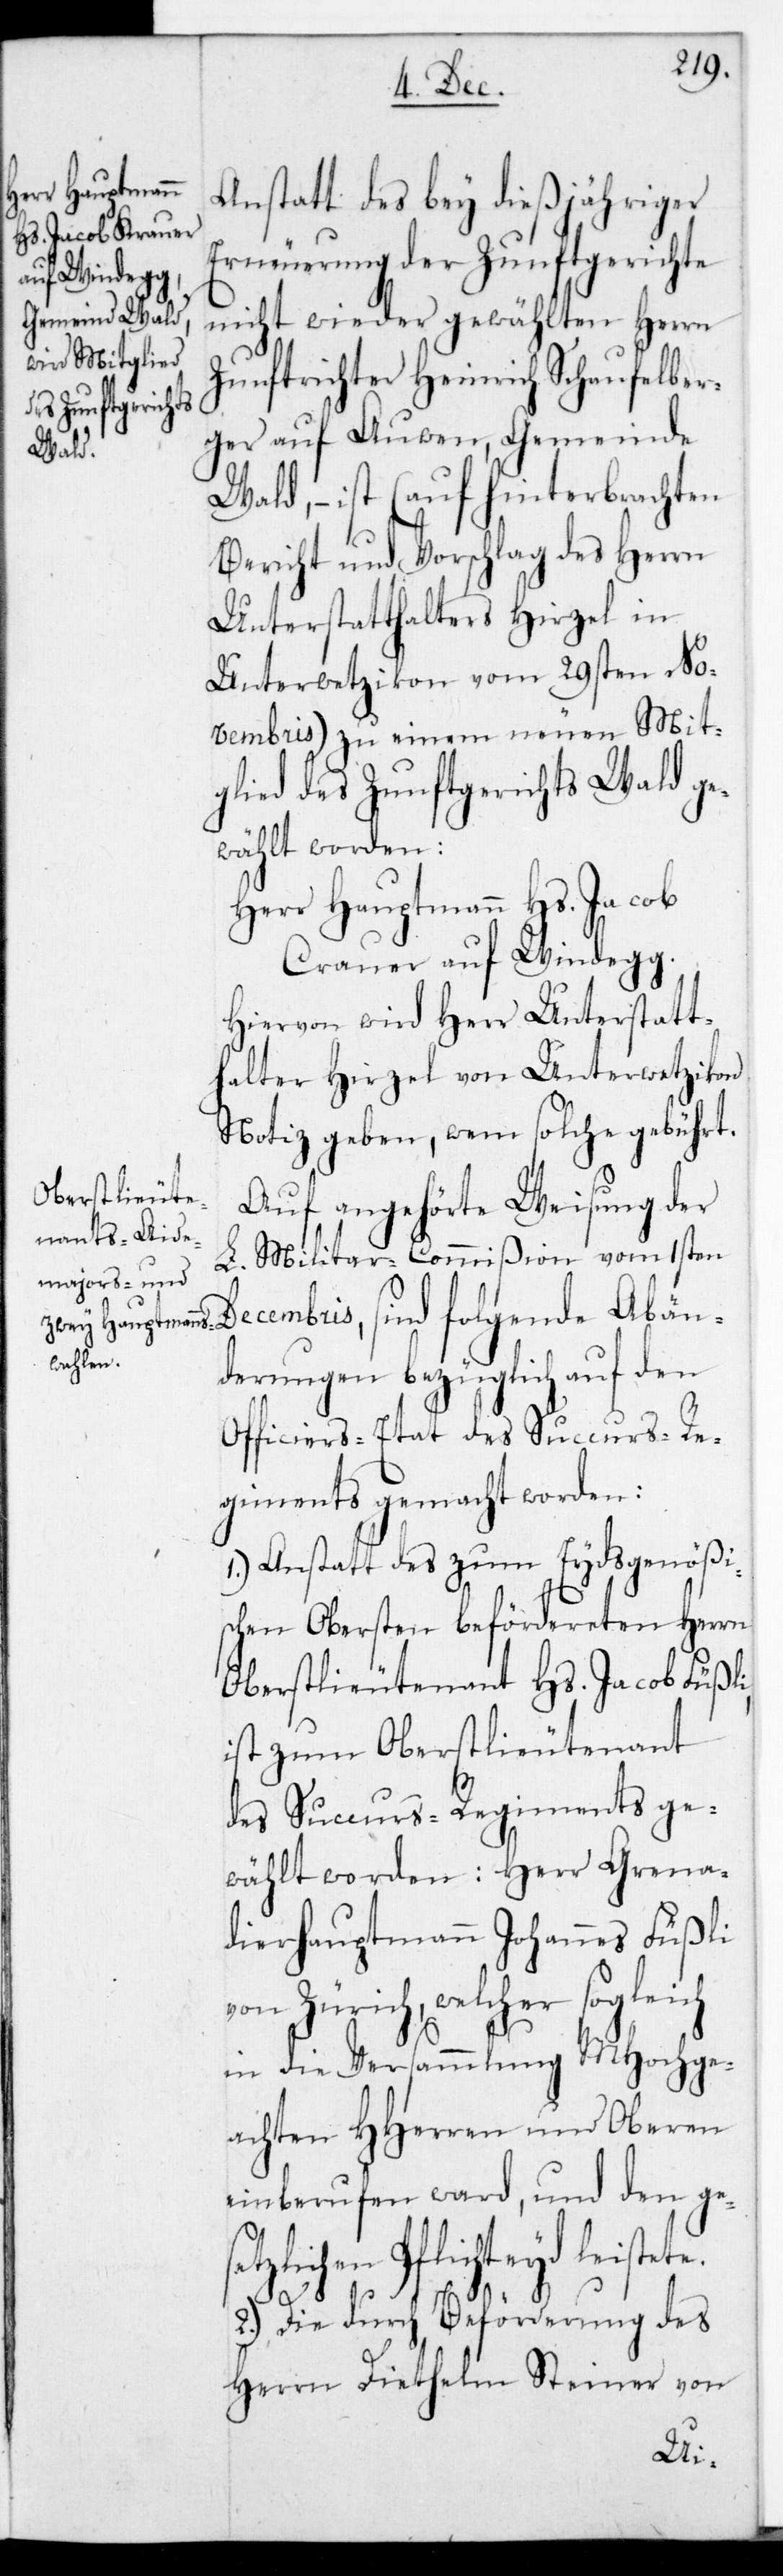
Anstatt des bey dießjähriger
Erneuerung der Zunftgerichte
Gemeinde Wald.
nicht wieder gewählten Herrn
Zunftrichter Heinrich Schaufelber¬
ger auf Auwen, Gemeinde
Wald, – ist (auf hinterbrachten
Bericht und Vorschlag des Herrn
Unterstatthalters Hirzel in
Unterwetzikon vom 29sten No¬
vembris) zu einem neuen Mit¬
glied des Zunftgerichts Wald ge¬
wählt worden:
Herr Hauptmann Hs. Jacob
Krauer auf Windegg,
Hiervon wird Herr Unterstatt¬
halter Hirzel von Unterwetzikon
Notiz geben, wem solche gebührt.
Auf angehörte Weisung der
L. Militar-Commißion vom 1sten
Decembris sind folgende Abän¬
derungen bezüglich auf den
Officiers-Etat des Succurs-Re¬
giments gemacht worden:
1.) Anstatt des zum Eydsgenößis¬
chen Obersten befördereten Herrn
Oberstlieutenant Hs. Jacob Füßli,
ist zum Oberstlieutenant
des Succurs-Regiments ge¬
wählt worden: Herr Grena¬
dierhauptmann Johannes Füßli
von Zürich, welcher sogleich
in die Versammlung MHochge¬
achten HHerren und Oberen
einberufen ward, und den ge¬
setzlichen Pflichteyd leistete.
2.) Die durch Beförderung des
Herrn Diethelm Steiner von